Report on sanitation, dispensaries, and jails in Rajputana for 1914, and on vaccination for the year 1914-1915 - 1914-1915
Year: 1914
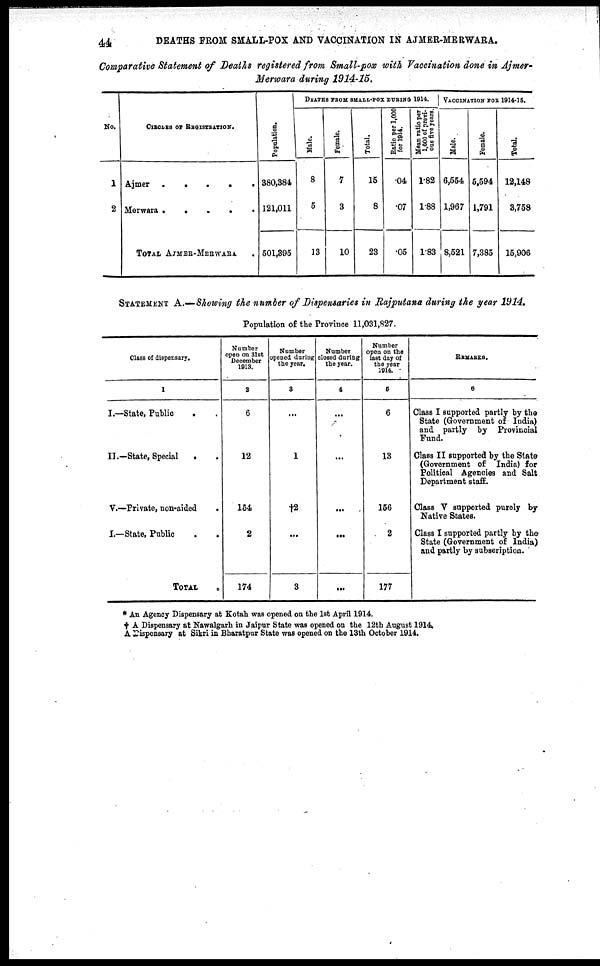
44
DEATHS FROM SMALL-POX AND VACCINATION IN AJMER-MERWARA.
Comparative Statement of Deaths registered from Small-pox with Vaccination done in Ajmer-
Merwara during 1914-15.
No.
1
2
CIRCLES OF REGISTRATION.
Ajmer
.
. . . .
Merwara
.
.
.
.
.
TOTAL AJMER-MERWARA.
Population.
380,384
121,011
501,395
DEATHS FROM SMALL-POX DURING 1914.
Male.
8
5
13
Female.
7
3
10
Total.
15
8
23
Ratio per 1,000
for 1914.
.04
.07
.05
Mean ratio per
1,000 of previ-
ous five years.
1.82
1.88
1.83
VACCINATION FOR 1914-15.
Male.
6,554
1,967
8,521
Female.
5,594
1,791
7,385
Total.
12,148
3,758
15,906
STATEMENT A.—Showing the number of Dispensaries in Rajputana during the year 1914.
Population of the Province 11,031,827.
Class of dispensary.
1
I.—State, Public . .
II.—State, Special
.
.
V.—Private, non-aided .
I.—State, Public . .
TOTAL .
Number
open on 31st
December
1913.
2
6
12
154
2
174
Number
opened during
the year.
3
...
1
†2
...
3
Number
closed during
the year.
4
...
...
...
...
...
Number
open on the
last day of
the year
1914.
5
6
13
156
2
177
REMARKS.
6
Class I supported partly by the
State (Government of India)
and partly by Provincial
Fund.
Class II supported by the State
(Government of India) for
Political Agencies and Salt
Department staff.
Class V supported purely by
Native States.
Class I supported partly by the
State (Government of India)
and partly by subscription.
* An Agency Dispensary at Kotah was opened on the 1st April 1914.
† A Dispensary at Nawalgarh in Jaipur State was opened on the 12th August 1914.
A Dispensary at Sikri in Bharatpur State was opened on the 13th October 1914.